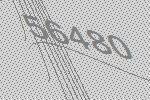
56480